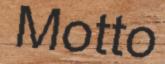
Motto